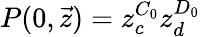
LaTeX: P(0,\vec{z})=z_{c}^{C_{0}}z_{d}^{D_{0}}